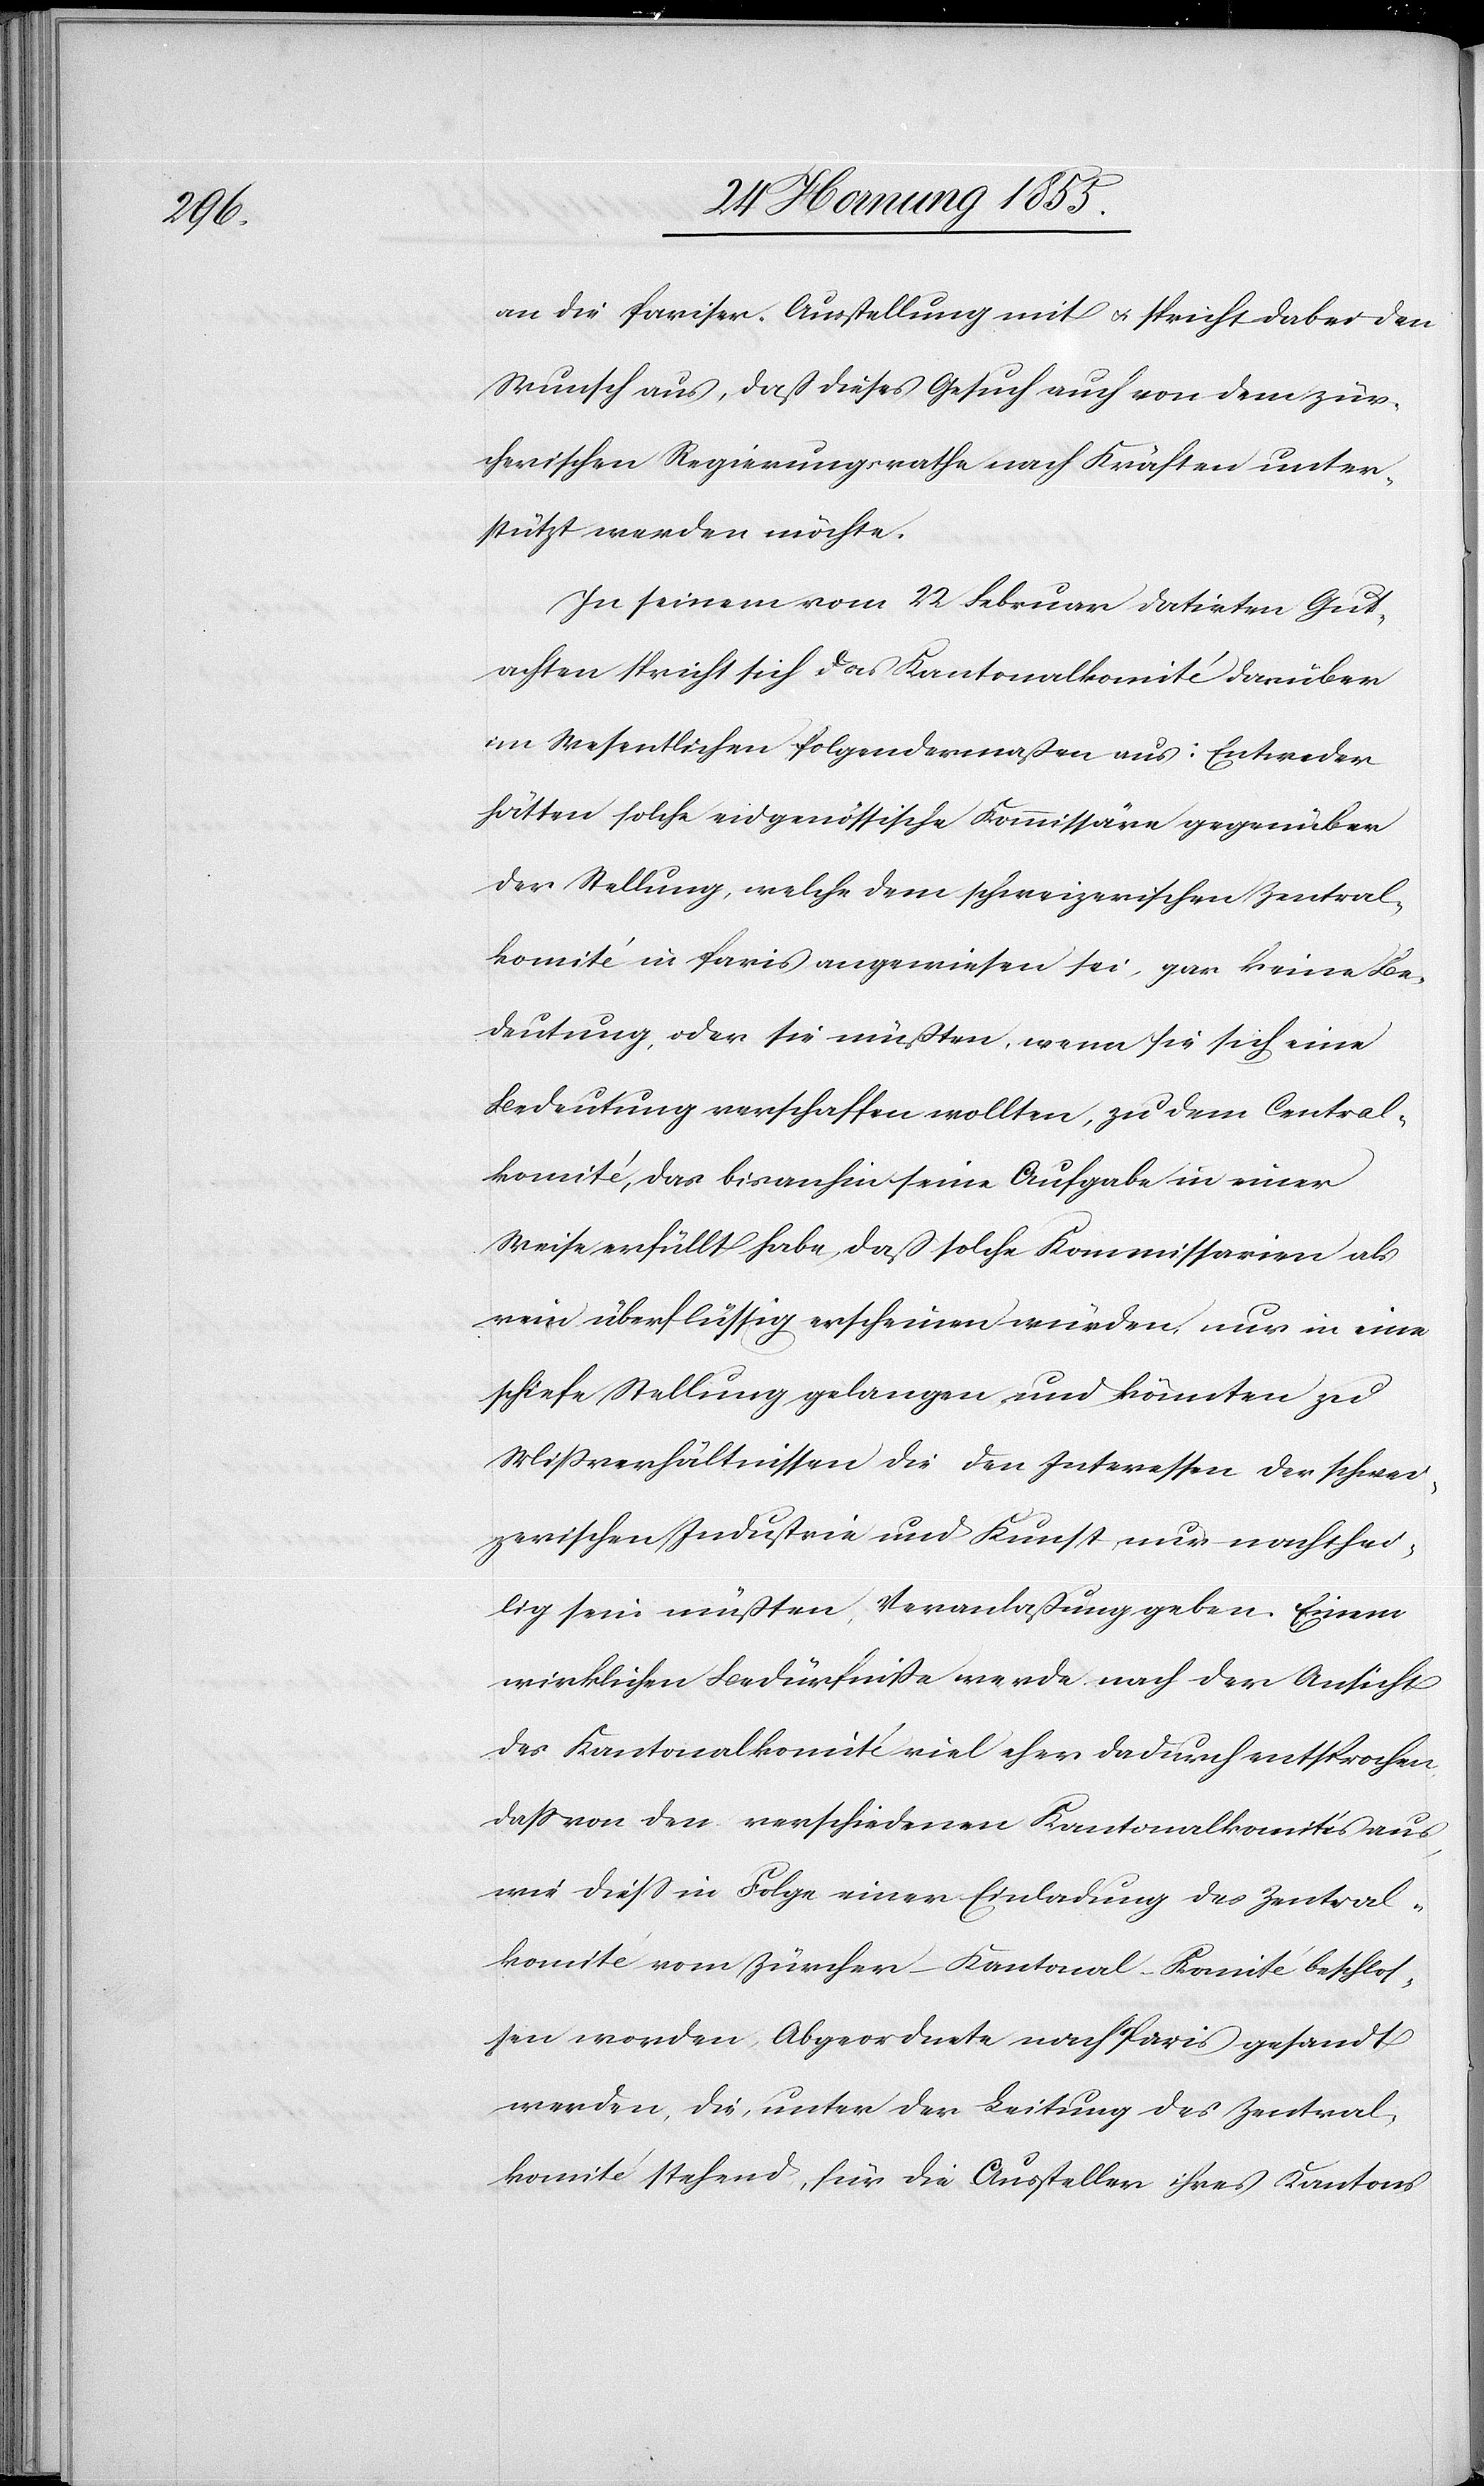
an die Pariser Ausstellung mit & spricht dabei den
Wunsch aus, daß dieses Gesuch auch von dem zür¬
cherischen Regierungsrathe nach Kräften unter¬
stützt werden möchte.
In seinem vom 22 Februar datirten Gut¬
achten spricht sich das Kantonalkomité darüber
im Wesentlichen folgendermaßen aus: Entweder
hätten solche eidgenössische Kommissäre gegenüber
der Stellung, welche dem schweizerischen Zentral¬
komité in Paris angewiesen sei, gar keine Be¬
deutung, oder sie müßten, wenn sie sich eine
Bedeutung verschaffen wollten, zu dem Central¬
komité, das bisanhin seine Aufgabe in einer
Weise erfüllt habe, daß solche Kommissarien als
rein überflüssig erscheinen würden, nur in eine
schiefe Stellung gelangen und könnten zu
Mißverhältnissen die den Interessen der schwei¬
zerischen Industrie und Kunst nur nachthei¬
lig sein müßten, Veranlaßung geben. Einem
wirklichen Bedürfniße werde nach der Ansicht
des Kantonalkomité viel eher dadurch entsprochen,
dass von den verschiedenen Kantonalkomités aus,
wie diess in Folge einer Einladung des Zentral¬
komité vom Zürcher-Kantonal-Komité beschlos¬
sen worden, Abgeordnete nach Paris gesandt
werden, die, unter der Leitung des Zentral¬
komité stehend, für die Aussteller ihres Kantons